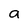
Character: a